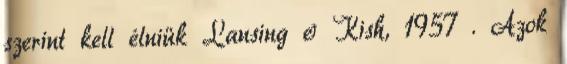
szerint kell élniük Lansing & Kish, 1957 . Azok